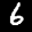
Label: 6